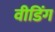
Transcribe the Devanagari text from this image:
वीडिंग